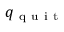
q _ { \mathrm { ~ q ~ u ~ i ~ t ~ } }